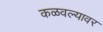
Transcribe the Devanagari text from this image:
कळवल्यावर